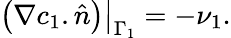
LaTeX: \left(\nabla c_{1}.\hat{n}\right)\big|_{\Gamma_{1}}=-\nu_{1}.